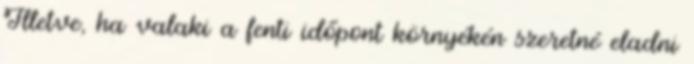
Illetve, ha valaki a fenti időpont környékén szeretné eladni